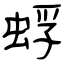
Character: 蜉